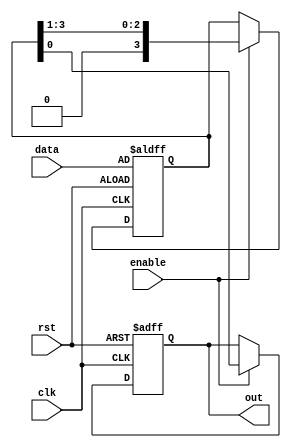
`timescale 1ns / 1ps
//////////////////////////////////////////////////////////////////////////////////
// Company: 
// Engineer: 
// 
// Design Name: 
// Module Name: PISO
// Project Name: 
// Target Devices: 
// Tool Versions: 
// Description: 
// 
// Dependencies: 
// 
// Revision:
// Revision 0.01 - File Created
// Additional Comments:
// 
//////////////////////////////////////////////////////////////////////////////////


module piso(clk, enable, rst, data, out);
  input enable, clk, rst;
  input [3:0] data;
  output out;

  reg out;
  reg [3:0] memory;

  always @ (posedge clk, posedge rst) begin
    if (rst == 1'b1) begin
      out <= 1'b0;
      memory <= data;
    end
    else begin
      if (enable) begin
        out = memory[0];
        memory = memory >> 1'b1;
      end
    end
  end
endmodule